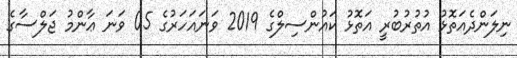
ނިލަންދެއަތޮޅު އުތުރުބުރީ އަތޮޅު ކައުންސިލްގެ 2019 ވަނައަހަރުގެ 05 ވަނަ ޢާންމު ޖަލްސާގެ